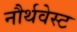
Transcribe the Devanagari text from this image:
नौर्थवेस्ट